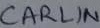
Text: CARLIN